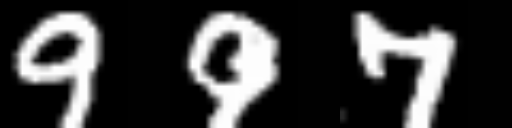
Text: 997